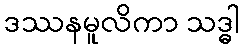
ဒဿနမူလိကာ သဒ္ဓါ